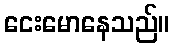
ငေးမောနေသည်။